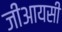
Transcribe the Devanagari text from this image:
जीआयसी